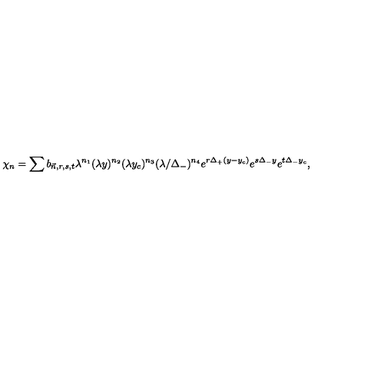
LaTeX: \chi _ { n } = \sum b _ { \vec { n } , r , s , t } \lambda ^ { n _ { 1 } } ( \lambda y ) ^ { n _ { 2 } } ( \lambda y _ { c } ) ^ { n _ { 3 } } ( \lambda / \Delta _ { - } ) ^ { n _ { 4 } } e ^ { r \Delta _ { + } ( y - y _ { c } ) } e ^ { s \Delta _ { - } y } e ^ { t \Delta _ { - } y _ { c } } ,